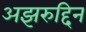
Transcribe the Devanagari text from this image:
अझरुद्दिन